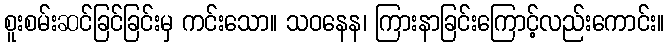
စူးစမ်းဆင်ခြင်ခြင်းမှ ကင်းသော။ သဝနေန၊ ကြားနာခြင်းကြောင့်လည်းကောင်း။